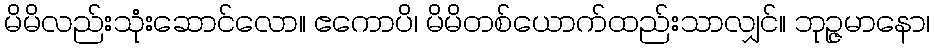
မိမိလည်းသုံးဆောင်လော။ ဧကောပိ၊ မိမိတစ်ယောက်ထည်းသာလျှင်။ ဘုဉ္ဇမာနော၊